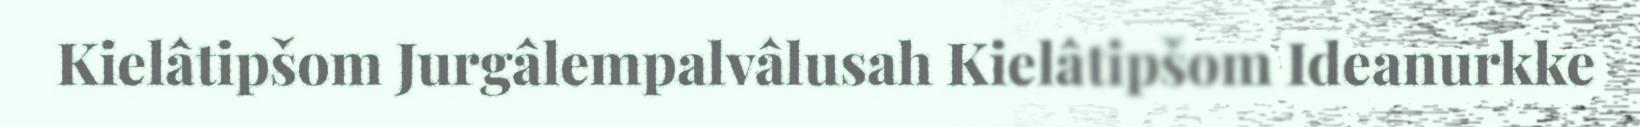
Kielâtipšom Jurgâlempalvâlusah Kielâtipšom Ideanurkke